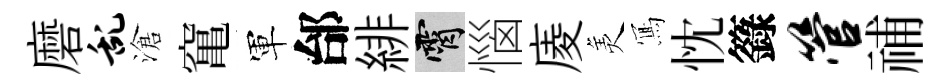
磨乱滄𥧄軍邰緋霄惱庱羙𭂁忱籙管𥙷